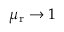
\mu _ { \mathrm { r } } \rightarrow 1